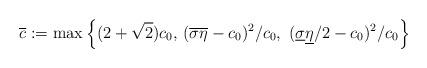
LaTeX: \begin{align*}\overline{c}:=\max\left \{(2+\sqrt{2})c_0, \, (\overline{\sigma}\overline{\eta}-c_0)^2/c_0, \ (\underline{\sigma}\underline{\eta}/2-c_0)^2/c_0\right\} \,\end{align*}